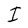
Character: I